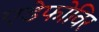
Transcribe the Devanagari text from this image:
एडेफोविर